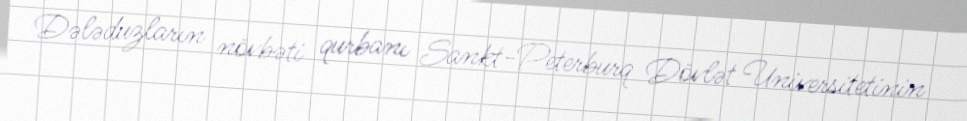
Dələduzların növbəti qurbanı Sankt-Peterburq Dövlət Universitetinin